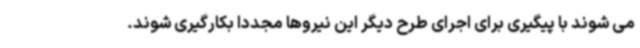
می شوند با پیگیری برای اجرای طرح دیگر این نیروها مجددا بکارگیری شوند.